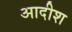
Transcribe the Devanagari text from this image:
आदीश